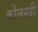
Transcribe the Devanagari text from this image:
कोलस्त्री